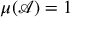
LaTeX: \mu ( { \mathcal { A } } ) = 1